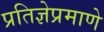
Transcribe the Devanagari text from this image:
प्रतिज्ञेप्रमाणे